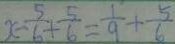
x - \frac { 5 } { 6 } + \frac { 5 } { 6 } = \frac { 1 } { 9 } + \frac { 5 } { 6 }